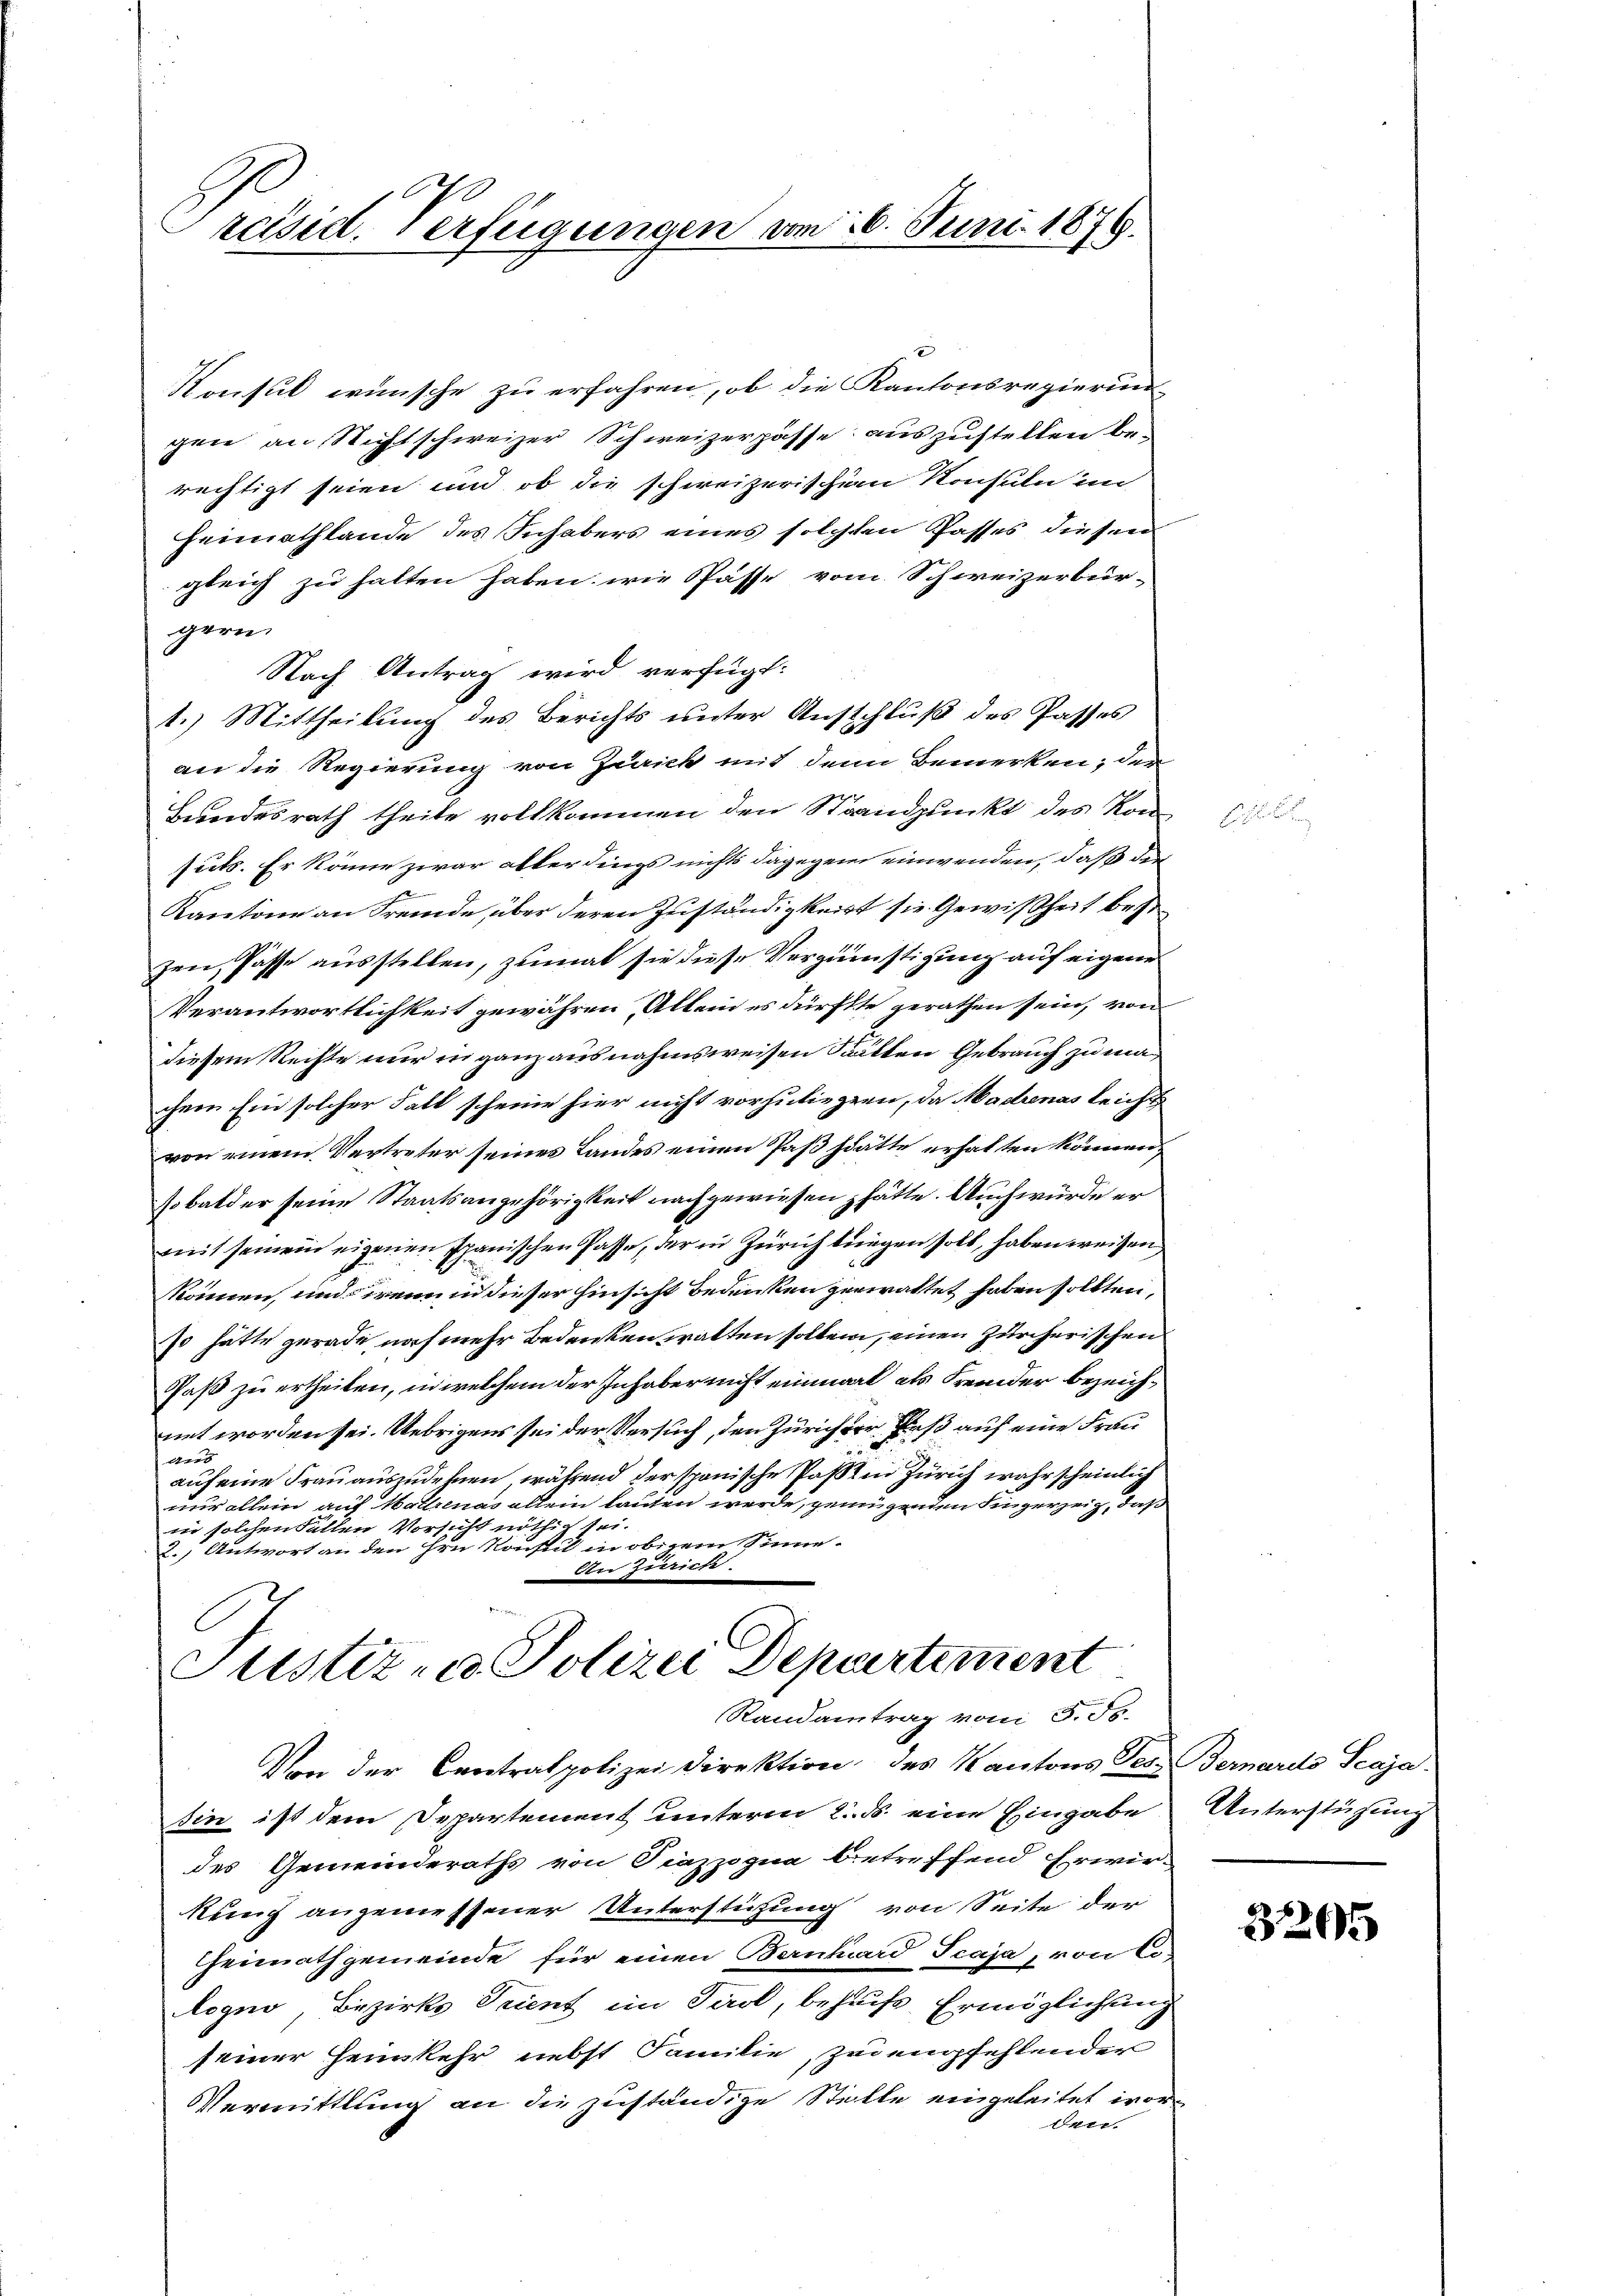
Preisid. Verfügungen von 16. Juni 1879.

Konsul wünsche zu erfahren, ob die Kantonsregierun-
gen an Nichtschweizer Schweizerpässe auszustellen berechtigt seien und ob die schweizerischen Konsuln im
Heimathlande des Inhabers eines folchten Passes diesen
gleich zu halten haben, wie Pässe vom Schweizerbür-
gern.
Nach Antrag wird verfügt:
1.) Mittheilung des Berichts unter Ausschluß des Passes
an die Regierung von Zürich mit den Bemerken; der
Bundesrath theile vollkommen den Standpunkt des Kon
suts. Er könne zwar allerdings nichts dagegene einwenden, daß das
Kantone an Fremde, über deren Zuständigkeit sie Gewißheit best
zen, Pässe ausstellen, zumal sie diese Vergünstigung auf eigene
Verantwortlichkeit gewähren, Allein es dürfte gerathen sein, von
diesem Rechte nur in ganz ausnahmsweisen Statten Gebrauch zu machem Ein solcher Fall scheine hier nicht vorzuliegen, da Madrenas leicht
von einem Vertreter seines Landes einen Paß hätte erhalten können,
sobalder seine Staatsangehörigkeit nachgewiesen hätte. Auch würde er
mit seinem eigenen Spanischen Pässe, der in Zürichtungen soll, haben weisen
können, und wenn in dieser Hinsicht bedenken gewaltet haben sollten,
so hätte gerade noch mehr Bedenken hatten sollen, einen zürcherischen
Paß zu ertheilen, in welchem der Inhaber nicht einmal als Fremder bezeichnet worden sei. Uebrigens sei der Versuch, den Zürich der Paß auf eine Frau
aurs
auf eine Frau auszudehnen, während der sponische Passt in Zürich wahrscheinlich
nur allein auf Wattrenas allein lauten werde, genügenden Fingerzeig, daß
in solchen Fällen Vorsicht nöthe sei.
2.) Antwort an den ihre Konstit in oberem Sinne-
Oben zuwirke
Justiz- & Polizei Departement
Randantrag von S. 56.
Von der Centralpolizei Direktion des Kantons Tess. Bernardo Scaja
sin ist dem Departement unterm 2. ds. eine Eingabe
des Gemeinderaths von Piazzogna betreffend Erwir-
kung angemessener Unterstützung von Seite der
heimathgemeinde für einen Bernhard Scaja, von Cologno, Bezirks Trient im Tirol, behufs Ermöglichung
seiner Heimkehr nebst Familie, zu empfehlender
Vermittlung an die zuständige Stille eingeleitet worbetr.

Unterstüzung

3265